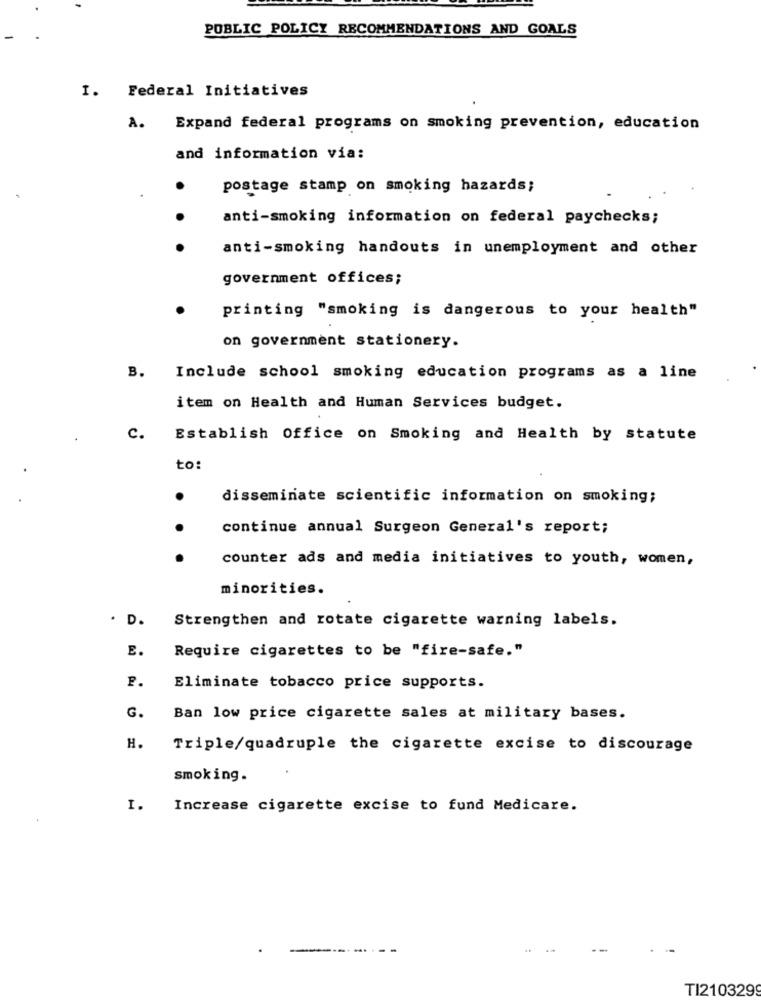
PUBLIC POLICY RECOMMENDATIONS AND GOALS
I. Federal Initiatives
A.
Expand federal programs on smoking prevention, education
and information via:
postage stamp on smoking hazards;
anti-smoking information on federal paychecks;
anti-smoking handouts in unemployment and other
government offices;
printing "smoking is dangerous to your health"
on government stationery.
B.
Include school smoking education programs as a line
item on Health and Human Services budget.
C.
Establish Office on Smoking and Health by statute
to:
disseminate scientific information on smoking;
continue annual Surgeon General's report;
counter ads and media initiatives to youth, women,
minorities.
. D.
Strengthen and rotate cigarette warning labels.
E.
Require cigarettes to be "fire-safe."
P.
Eliminate tobacco price supports.
G.
Ban low price cigarette sales at military bases.
H.
Triple/quadruple the cigarette excise to discourage
smoking .
I.
Increase cigarette excise to fund Medicare.
TI210329